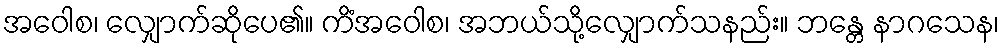
အဝေါစ၊ လျှောက်ဆိုပေ၏။ ကိံအဝေါစ၊ အဘယ်သို့လျှောက်သနည်း။ ဘန္တေ နာဂသေန၊